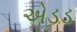
એડડ